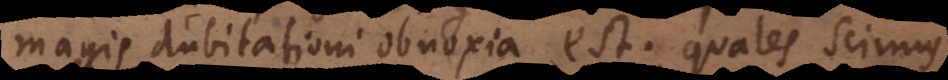
magis dubitationi obnoxia est; quales scimus